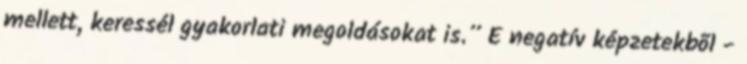
mellett, keressél gyakorlati megoldásokat is.” E negatív képzetekbõl -